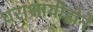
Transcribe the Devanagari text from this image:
धराशायीहोने